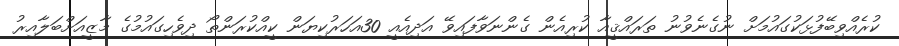
ކުރެއްވިބޭފުޅަކުގައުމަށް ނުގެނެވުނު ތަރައްޤީއާ ކުރިއެެން ގެންނަވާފައިވޭ އަދިއެއީ 30އަހަރުކިޔަން ކީއްކުރަންތޯ ދިވެހިގައުމުގެ މާޒީއަށްބަލާއިރު